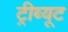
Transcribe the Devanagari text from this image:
ट्रीब्यूट